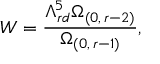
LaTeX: W = \frac { \Lambda _ { r d } ^ { 5 } \Omega _ { ( 0 , \, r - 2 ) } } { \Omega _ { ( 0 , \, r - 1 ) } } ,